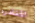
المغادره